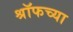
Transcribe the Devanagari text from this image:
श्रॉफच्या